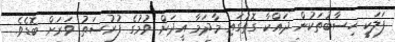
ފަލަކީ ހިސާބުތަކުން ދައްކާ ގޮތުގައި މާދަމާ އީދަށް ވުމުގެ ފުރުސަތު ވަރަށް ބޮޑެވެ.